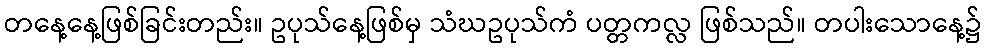
တနေ့နေ့ဖြစ်ခြင်းတည်း။ ဥပုသ်နေ့ဖြစ်မှ သံဃဥပုသ်ကံ ပတ္တကလ္လ ဖြစ်သည်။ တပါးသောနေ့၌